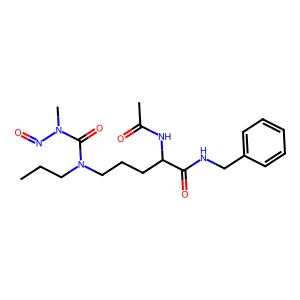
SMILES: CCCN(CCCC(NC(C)=O)C(=O)NCc1ccccc1)C(=O)N(C)N=O
Inhibits HIV replication: No